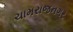
ચામરાજનગર